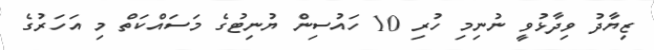
ޒިޔާދު ވިދާޅުވީ ނުނިމި ހުރި 10 ހައުސިން ޔުނިޓުގެ މަސައްކަތް މި އަހަރުގެ